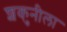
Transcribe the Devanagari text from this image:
शकुनीला